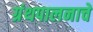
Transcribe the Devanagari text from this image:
ग्रंथपालनाचे